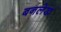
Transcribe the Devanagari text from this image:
बनलेख